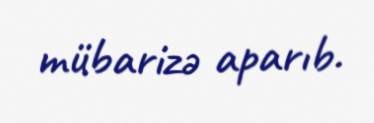
mübarizə aparıb.